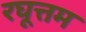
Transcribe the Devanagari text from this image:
रघूत्तम